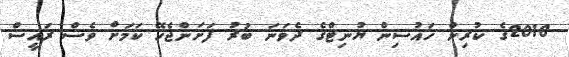
2018ގެ ކުރިން ހައުސިން ޔުނިޓްގެ ދެވަނަ ބުރު ފަށަންޖެހޭ ކަމަށް ވެސް ރައީސް